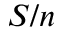
S / n